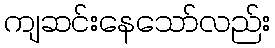
ကျဆင်းနေသော်လည်း